Regulations for the medical services of the Army of India
Year: 1930
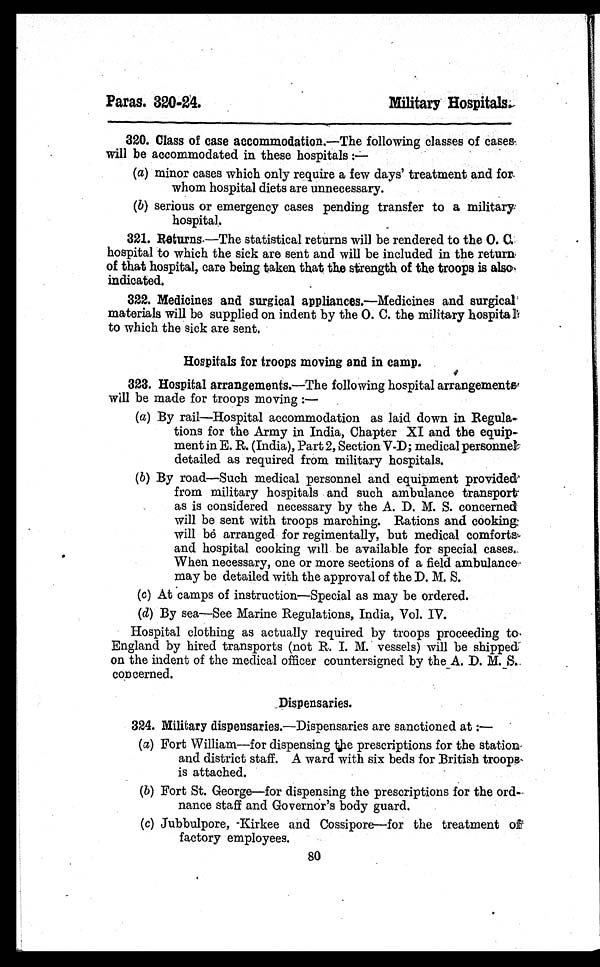
Paras. 320–24.
Military Hospitals.
320. Class of case accommodation.—The following classes of cases
will be accommodated in these hospitals
:—
(a) minor cases which only require a few days' treatment and for
whom hospital diets are unnecessary.
(b) serious or emergency cases pending transfer to a military
hospital.
321. Returns.— T h e s t a t i s t i c a l r e t u r n s w i l l b e r e n d e r e d t o t h e O . C .
hospital to which the sick are sent and will be included in the return
of that hospital, care being taken that the strength of the troops is also
indicated.
322. Medicines and surgical appliances. —Medicines and surgical
materials will be supplied on indent by the O. C. the military hospita
to which the sick are sent.
Hospitals for troops moving and in camp.
323. Hospital arrangements.—The following hospital arrangements
will be made for troops moving:—
(a) By rail—Hospital accommodation as laid down in Regula-
-tions for the Army in India, Chapter XI and the equip--
ment in E. R. (India), Part 2, Section V-D; medical personnel
detailed as required from military hospitals.
(b) By road—Such medical personnel and equipment provided
from military hospitals and such ambulance transport
as is considered necessary by the A. D. M. S. concerned
will be sent with troops marching. Rations and cooking
will be arranged for regimentally, but medical comforts
and hospital cooking will be available for special cases.
When necessary, one or more sections of a field ambulance
may be detailed with the approval of the D. M. S.
(c) At camps of instruction—Special as may be ordered.
(d) By sea—See Marine Regulations, India, Vol. IV.
Hospital clothing as actually required by troops proceeding to
England by hired transports (not R. I. M. vessels) will be shipped
on the indent of the medical officer countersigned by the A. D. M. S.
concerned.
Dispensaries.
324. Military dispensaries.—Dispensaries are sanctioned at:
—
(a) Fort William—for dispensing the prescriptions for the station
and district staff. A ward with six beds for British troops
is attached.
(b) Fort St. George—for dispensing the prescriptions for the ord-
nance staff and Governor's body guard.
(c) Jubbulpore, Kirkee and Cossipore—for the treatment of
factory employees.
80